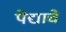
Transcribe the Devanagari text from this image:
पेंद्याचे